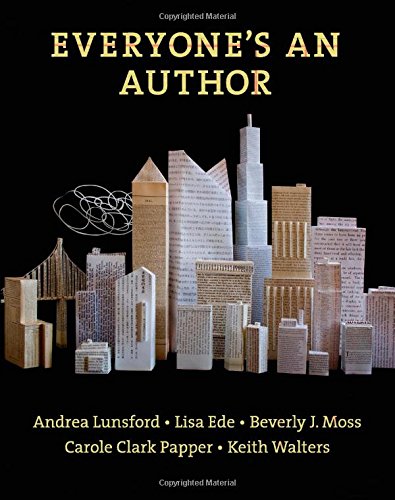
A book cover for Everyone's An Author; Andrea Lunsford; Reference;